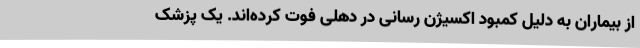
از بیماران به دلیل کمبود اکسیژن رسانی در دهلی فوت کرده‌اند. یک پزشک